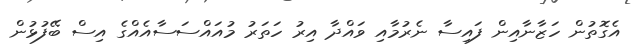
އެގޮތުން ހަޒާނާއިން ފައިސާ ނެރުމާއި ވައްދާ އިރު ހަތަރު މުއައްސަސާއެއްގެ އިސް ބޭފުޅުން